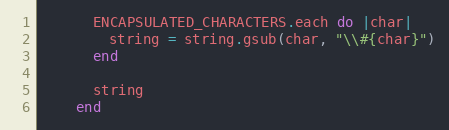
Language: Ruby
      ENCAPSULATED_CHARACTERS.each do |char|
        string = string.gsub(char, "\\#{char}")
      end

      string
    end